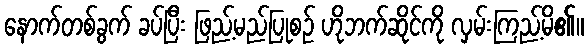
နောက်တစ်ခွက် ခပ်ပြီး ဖြည့်မည်ပြုစဉ် ဟိုဘက်ဆိုင်ကို လှမ်းကြည့်မိ၏။